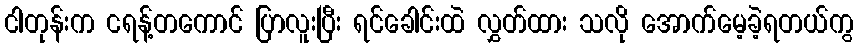
ငါတုန်းက ငရန့်တကောင် ပြာလူးပြီး ရင်ခေါင်းထဲ လွှတ်ထား သလို အောက်မေ့ခဲ့ရတယ်ကွ